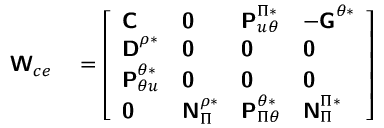
\begin{array} { r l } { \boldsymbol { \mathsf { W } } _ { c e } } & { { } = \left[ \begin{array} { l l l l } { \boldsymbol { \mathsf { C } } } & { \boldsymbol { \mathsf { 0 } } } & { \boldsymbol { \mathsf { P } } _ { u \theta } ^ { \Pi * } } & { - \boldsymbol { \mathsf { G } } ^ { \theta * } } \\ { \boldsymbol { \mathsf { D } } ^ { \rho * } } & { \boldsymbol { \mathsf { 0 } } } & { \boldsymbol { \mathsf { 0 } } } & { \boldsymbol { \mathsf { 0 } } } \\ { \boldsymbol { \mathsf { P } } _ { \theta u } ^ { \theta * } } & { \boldsymbol { \mathsf { 0 } } } & { \boldsymbol { \mathsf { 0 } } } & { \boldsymbol { \mathsf { 0 } } } \\ { \boldsymbol { \mathsf { 0 } } } & { \boldsymbol { \mathsf { N } } _ { \Pi } ^ { \rho * } } & { \boldsymbol { \mathsf { P } } _ { \Pi \theta } ^ { \theta * } } & { \boldsymbol { \mathsf { N } } _ { \Pi } ^ { \Pi * } } \end{array} \right] } \end{array}